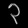
Digit: ၃